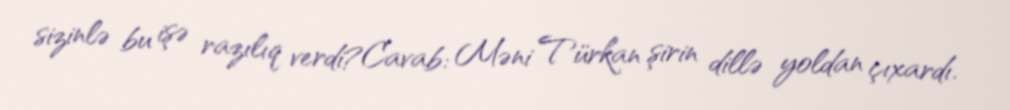
sizinlə bu işə razılıq verdi?Cavab: Məni Türkan şirin dillə yoldan çıxardı.